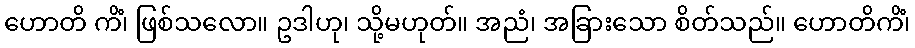
ဟောတိ ကိံ၊ ဖြစ်သလော။ ဥဒါဟု၊ သို့မဟုတ်။ အညံ၊ အခြားသော စိတ်သည်။ ဟောတိကိံ၊